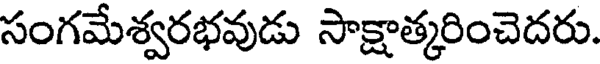
సంగమేశ్వరభవుడు సాక్షాత్కరించెదరు.